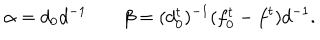
\alpha = d _ { 0 } d ^ { - 1 } \; \beta = ( d _ { 0 } ^ { t } ) ^ { - 1 } ( f _ { 0 } ^ { t } - f ^ { t } ) d ^ { - 1 } .